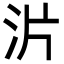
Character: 沜